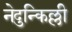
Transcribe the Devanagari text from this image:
नेदुन्किल्ली